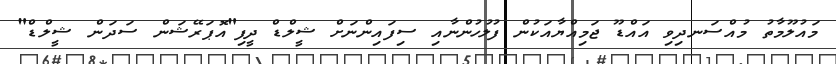
މައުލޫމާތު މުއްސަނދިވި އައްޑޫ ޖަމިއްޔާއަކުން ފުލުހުންނާއި ސިފައިންނަށް ޝީލްޑް ދީފި"އޮޕަރޭޝަން ސަދަން ޝީލްޑް"